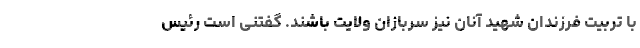
با تربیت فرزندان شهید آنان نیز سربازان ولایت باشند. گفتنی است رئیس